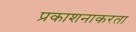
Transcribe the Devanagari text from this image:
प्रकाशनाकरता